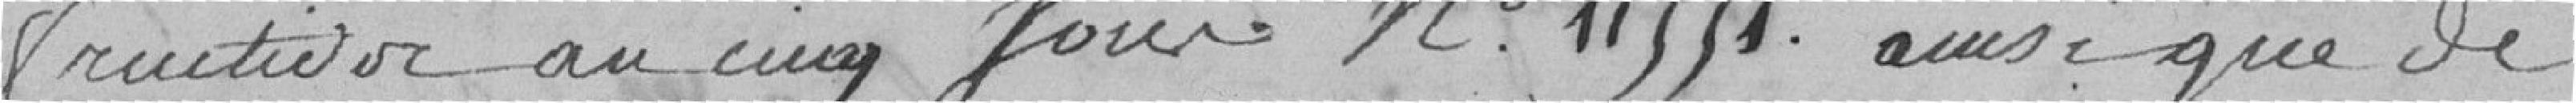
fructidor an cinq jour n° 11551 ainsi que de